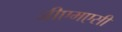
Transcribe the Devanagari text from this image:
जीएमएसी